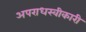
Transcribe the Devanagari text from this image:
अपराधस्वीकारी